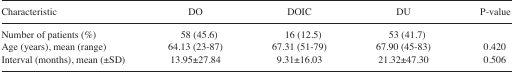
| Characteristic | DO | DOIC | DU | P-value |
 | --- | --- | --- | --- | --- |
 | Number of patients (%) | 58 (45.6) | 16 (12.5) | 53 (41.7) |  |
 | Age (years), mean (range) | 64.13 (23–87) | 67.31 (51–79) | 67.90 (45–83) | 0.420 |
 | Interval (months), mean (±SD) | 13.95±27.84 | 9.31±16.03 | 21.32±47.30 | 0.506 |